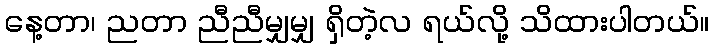
နေ့တာ၊ ညတာ ညီညီမျှမျှ ရှိတဲ့လ ရယ်လို့ သိထားပါတယ်။